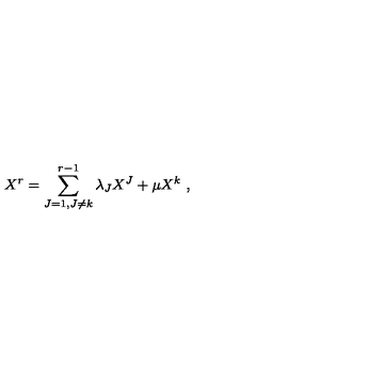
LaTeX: X ^ { r } = \sum _ { J = 1 , J \not = k } ^ { r - 1 } \lambda _ { J } X ^ { J } + \mu X ^ { k } \ ,